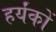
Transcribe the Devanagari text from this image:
हर्यंकों